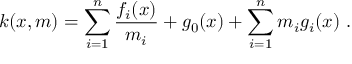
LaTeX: k ( x , m ) = \sum _ { i = 1 } ^ { n } \frac { f _ { i } ( x ) } { m _ { i } } + g _ { 0 } ( x ) + \sum _ { i = 1 } ^ { n } m _ { i } g _ { i } ( x ) \ .